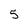
Character: 5